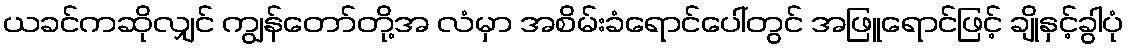
ယခင်ကဆိုလျှင် ကျွန်တော်တို့အ လံမှာ အစိမ်းခံရောင်ပေါ်တွင် အဖြူရောင်ဖြင့် ချိုနှင့်ခွါပုံ